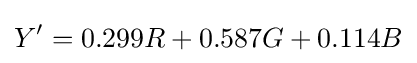
Y'=0.299R+0.587G+0.114B